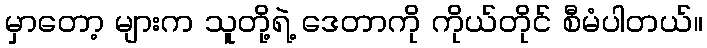
မှာတော့ များက သူတို့ရဲ့ ဒေတာကို ကိုယ်တိုင် စီမံပါတယ်။